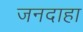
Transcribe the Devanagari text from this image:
जनदाहा